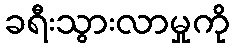
ခရီးသွားလာမှုကို